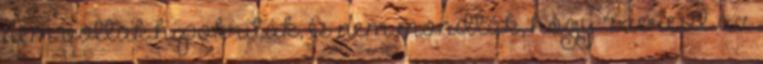
nem voltak hipokriták, és nem mondták, hogy "szeresd az